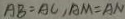
A B = A C , A M = A N